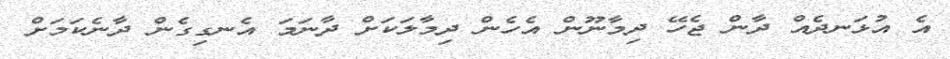
އެ އުޅަނދެއް ދާން ޖެހޭ ދިމާނޫން އެހެން ދިމާލަކަށް ދާނަމަ އެނގިގެން ދާނެކަމަށް